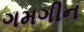
ગમગીન